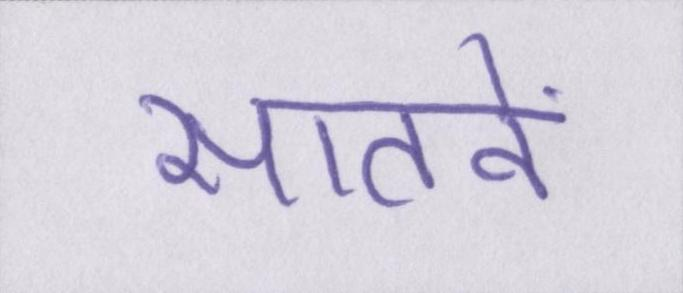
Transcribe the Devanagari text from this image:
सातवें